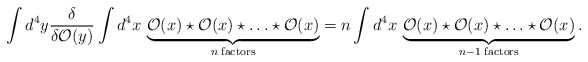
\begin{align*}\int d^4 y\frac{\delta}{\delta {\cal O}(y)}\int d^4 x\,\underbrace{{\cal O}(x)\star{\cal O}(x)\star\ldots \star{\cal O}(x)}_{n \rm \; factors}= n \int d^4 x\,\underbrace{{\cal O}(x)\star{\cal O}(x)\star\ldots \star{\cal O}(x)}_{n-1 \rm \; factors}. \end{align*}